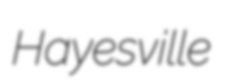
Hayesville